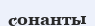
сонанты